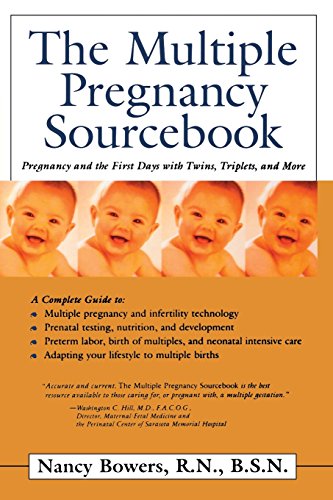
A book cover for The Multiple Pregnancy Sourcebook: Pregnancy and the First Days with Twins, Triplets, and More; Nancy Bowers; Parenting & Relationships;